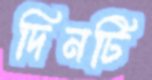
দিনটি